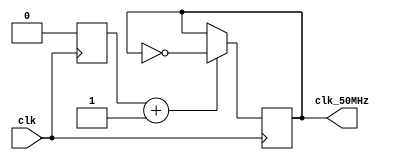
`timescale 1ns / 1ps
//////////////////////////////////////////////////////////////////////////////////
// Company: 
// Engineer: 
// 
// Design Name: 
// Module Name: slwerClkGen
// Project Name: 
// Target Devices: 
// Tool Versions: 
// Description: 
// 
// Dependencies: 
// 
// Revision:
// Revision 0.01 - File Created
// Additional Comments:
// 
//////////////////////////////////////////////////////////////////////////////////


module slowerClkGen(clk, clk_50MHz);
    input clk;
    output reg clk_50MHz;
    reg counter_50MHz; 
    
    always @ (posedge clk)
    begin
	  counter_50MHz = counter_50MHz +1;
	  if (counter_50MHz == 1)
		begin
	      clk_50MHz=~clk_50MHz;
		  counter_50MHz = 0;
		end
	  end
endmodule